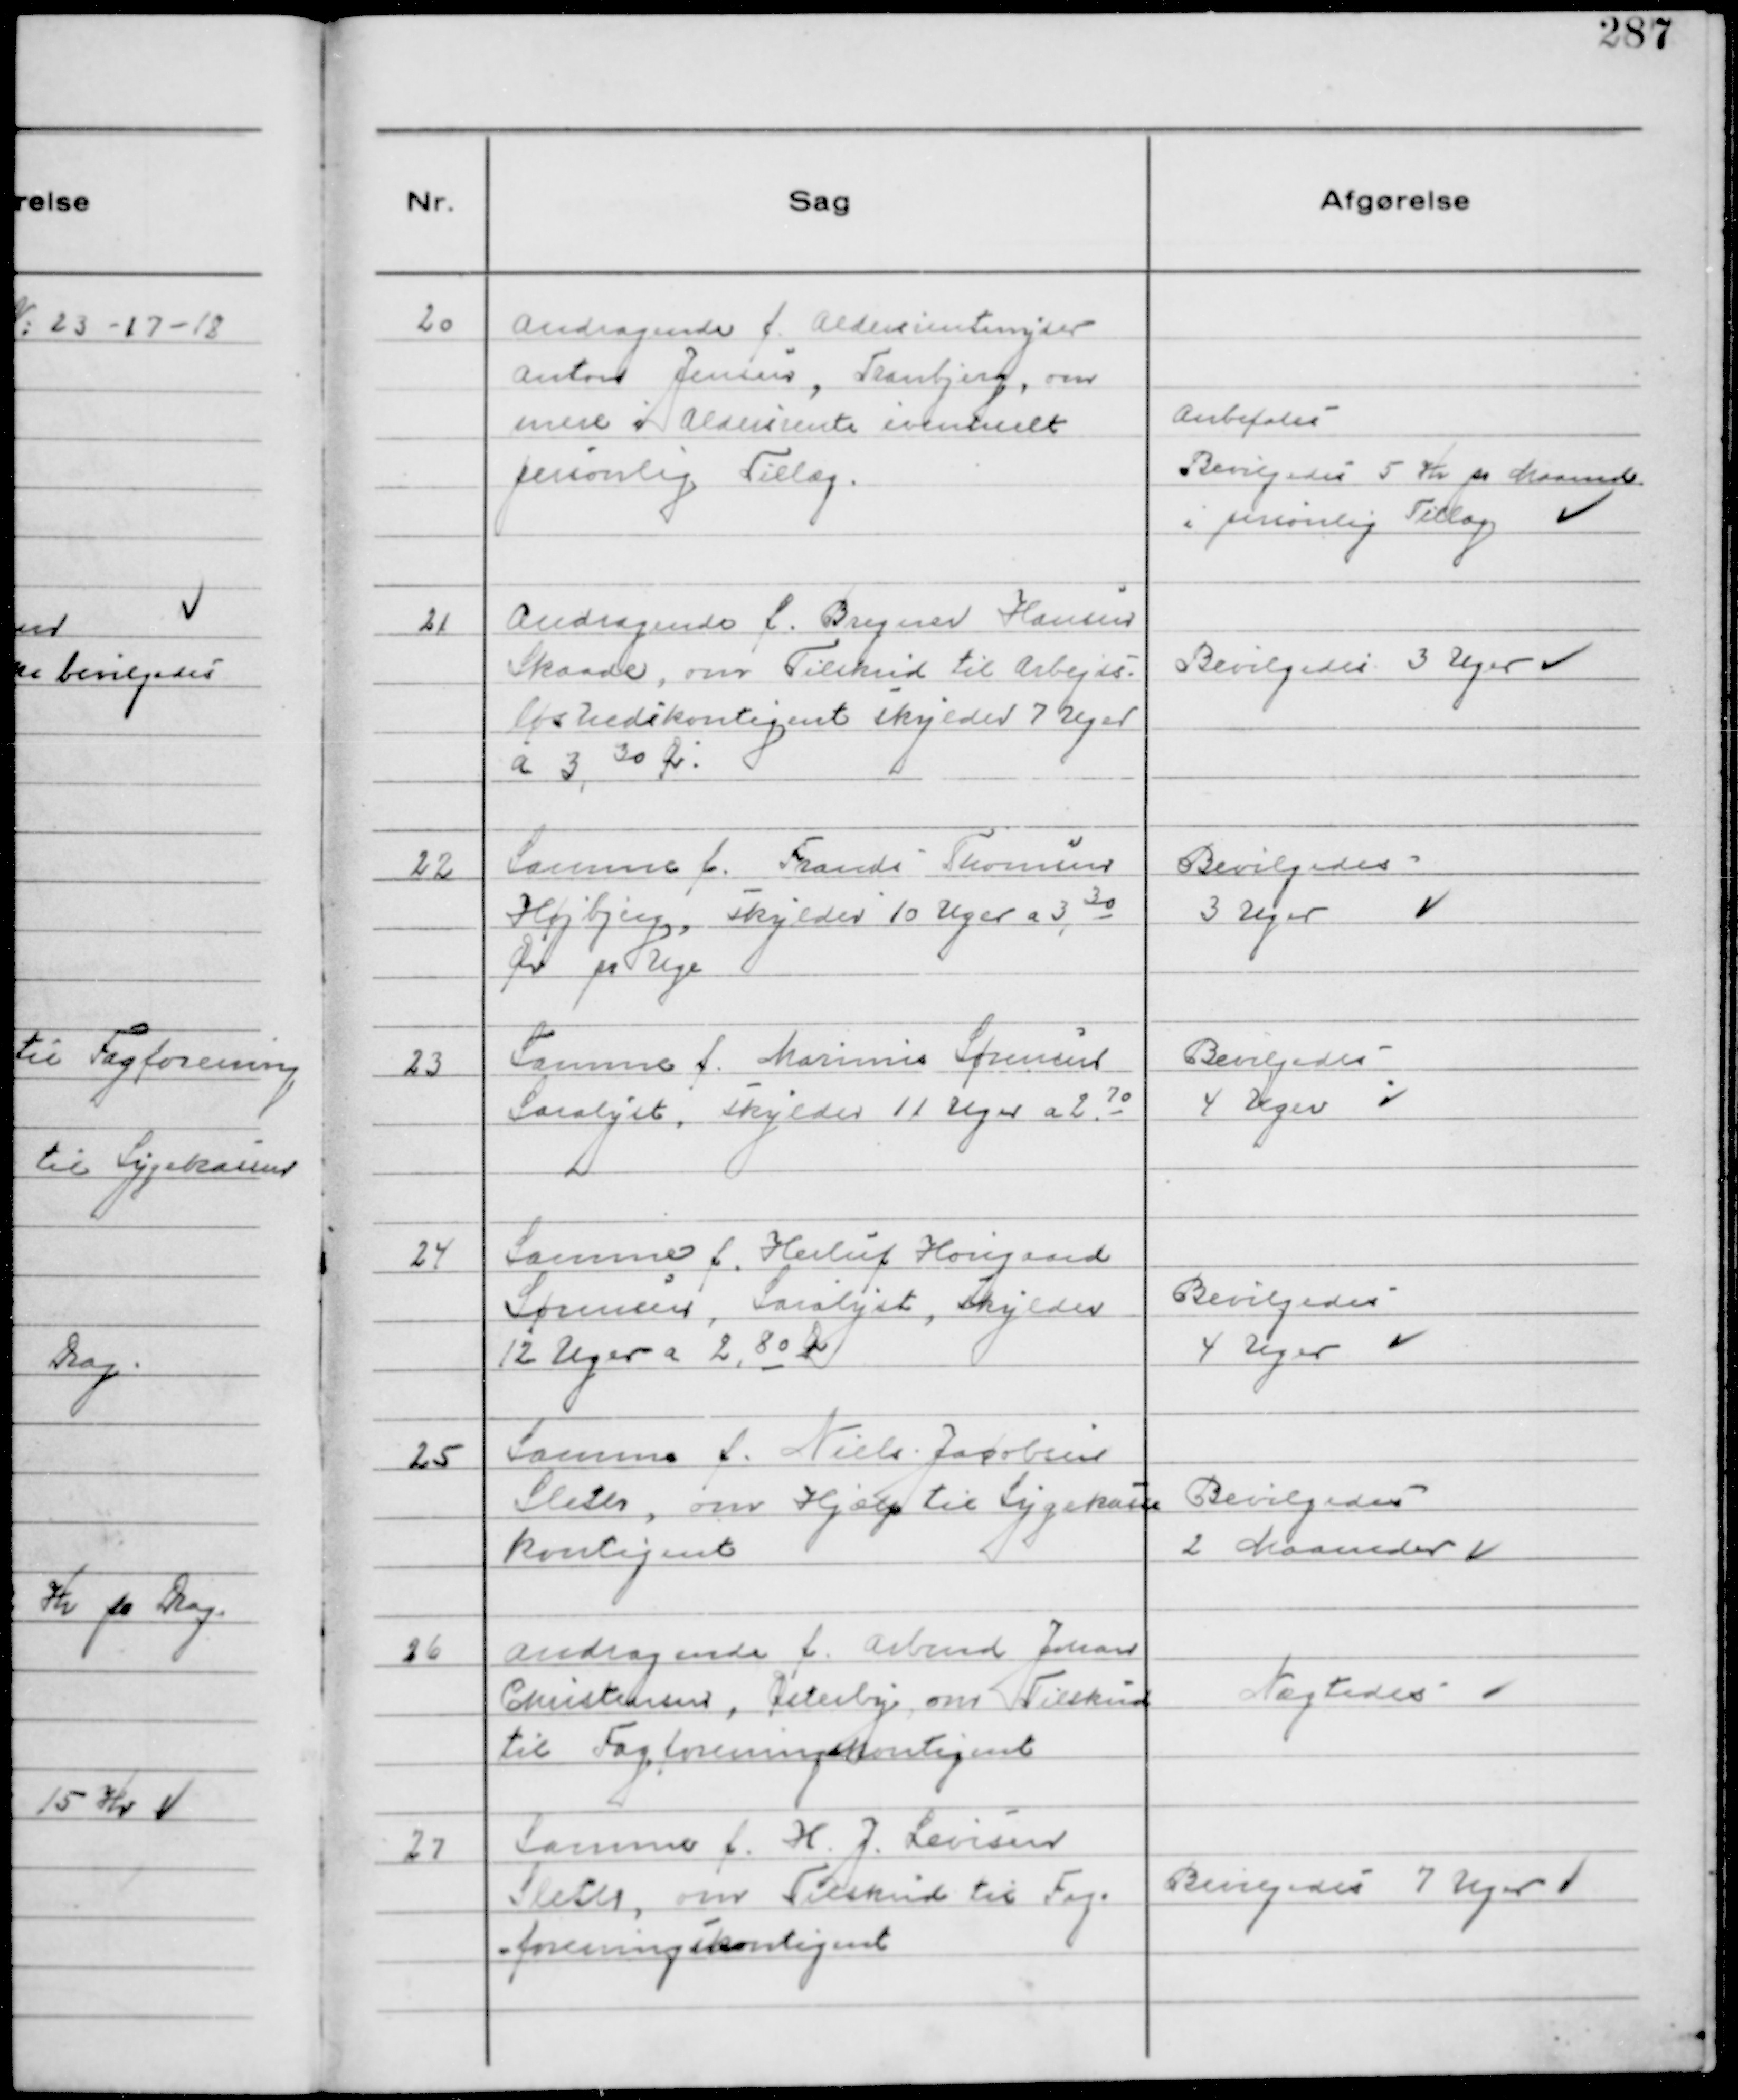
Transskription:
20
Andragende f. Aldersrentenyder
Anton Jensen, Tranbjerg, om
mere i Aldersrente eventuelt
personlig Tillæg.

Anbefales
Bevilgedes 5 Kr pr Maaned
i personlig Tillæg

21
Andragende f. Bregner Hansen
Skaade, om Tilskud til Arbejds-
løshedskontigent skylder 7 Uger
a 3,30 Ør.

Bevilgedes 3 Uger

22
Samme f. Frands Thomsen
Højbjerg, skylder 10 Uger a 3, 30
Ør pr Uge

Bevilgedes
3 Uger

23
Samme f. Marinus Sørensen
Saralyst, skylder 11 Uger a 2 70

Bevilgedes
4 Uger

24
Samme f. Herluf Hovgaard
Sørensen, Saralyst, skylder
12 Uger a 2, 80 Ør

Bevilgedes
4 Uger

25
Samme f. Niels Jacobsen
Sleth, om Hjælp til Sygekasse
kontigent

Bevilgedes
2 Maaneder

26
Andragende f. Arbmd Johan
Christensen, Østerby, om Tilskud
til Fagforeningskontigent

Nægtedes

27
Samme f. H. J. Levisen
Sleth, om Tilskud til Fag-
foreningskontigent

Bevilgedes 7 Uger